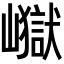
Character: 𭗢